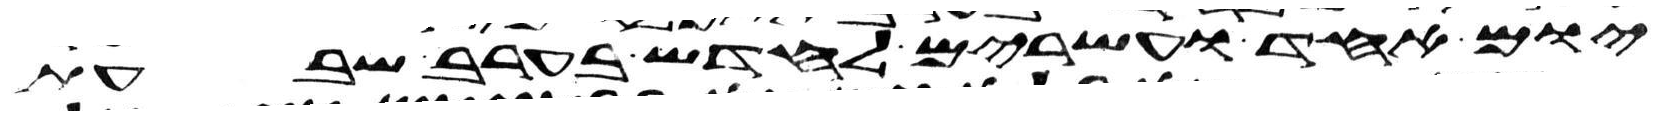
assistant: יום אחד ועשרים לחדש בערב שבעת